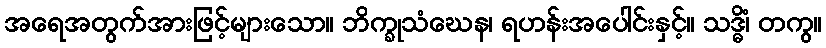
အရေအတွက်အားဖြင့်များသော။ ဘိက္ခုသံဃေန၊ ရဟန်းအပေါင်းနှင့်။ သဒ္ဓိံ၊ တကွ။